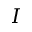
I